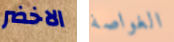
الاخضر الغواصة